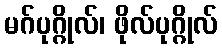
မဂ်ပုဂ္ဂိုလ်၊ ဖိုလ်ပုဂ္ဂိုလ်